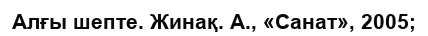
Алғы шепте. Жинақ. А., «Санат», 2005;